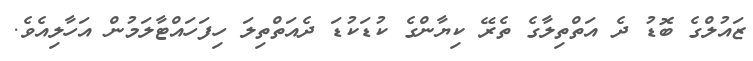
ޒައުލްގެ ބޮޑު ދެ އަތްތިލާގެ ތެރޭ ކިޔާންގެ ކުޑަކުޑަ ދެއަތްތިލަ ހިފަހައްޓާލަމުން އަހާލިއެވެ.